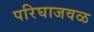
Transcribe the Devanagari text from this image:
परिघाजवळ